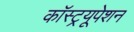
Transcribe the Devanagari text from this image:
कॉस्ट्रयूपेशन